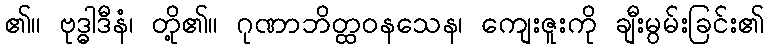
၏။ ဗုဒ္ဓါဒီနံ၊ တို့၏။ ဂုဏာဘိတ္ထဝနသေန၊ ကျေးဇူးကို ချီးမွမ်းခြင်း၏